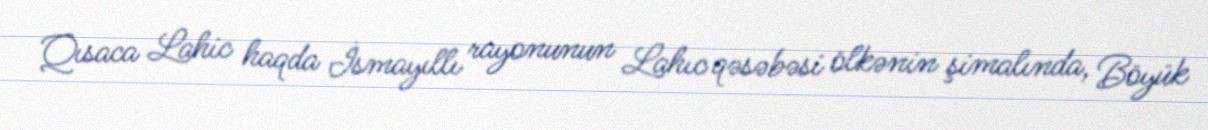
Qısaca Lahic haqda İsmayıllı rayonunun Lahıc qəsəbəsi ölkənin şimalında, Böyük